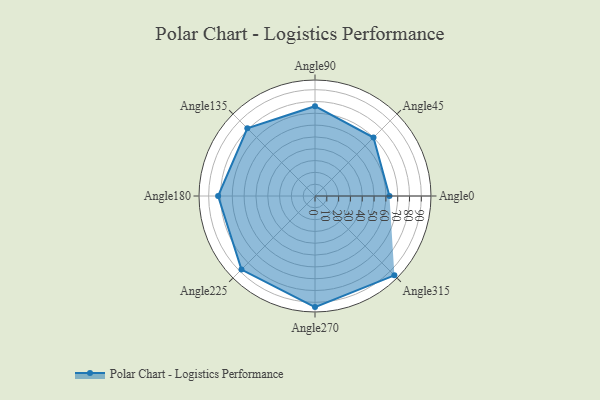
{"axis": {"x": "Angle", "y": "Radius"}, "legend": [""], "data": [{"x": "Angle0", "y": 63.0, "type": ""}, {"x": "Angle45", "y": 70.0, "type": ""}, {"x": "Angle90", "y": 76.0, "type": ""}, {"x": "Angle135", "y": 81.0, "type": ""}, {"x": "Angle180", "y": 82.0, "type": ""}, {"x": "Angle225", "y": 88.0, "type": ""}, {"x": "Angle270", "y": 94.0, "type": ""}, {"x": "Angle315", "y": 95.0, "type": ""}]}